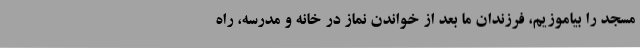
مسجد را بیاموزیم، فرزندان ما بعد از خواندن نماز در خانه و مدرسه، راه